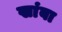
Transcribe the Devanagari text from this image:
खांबा